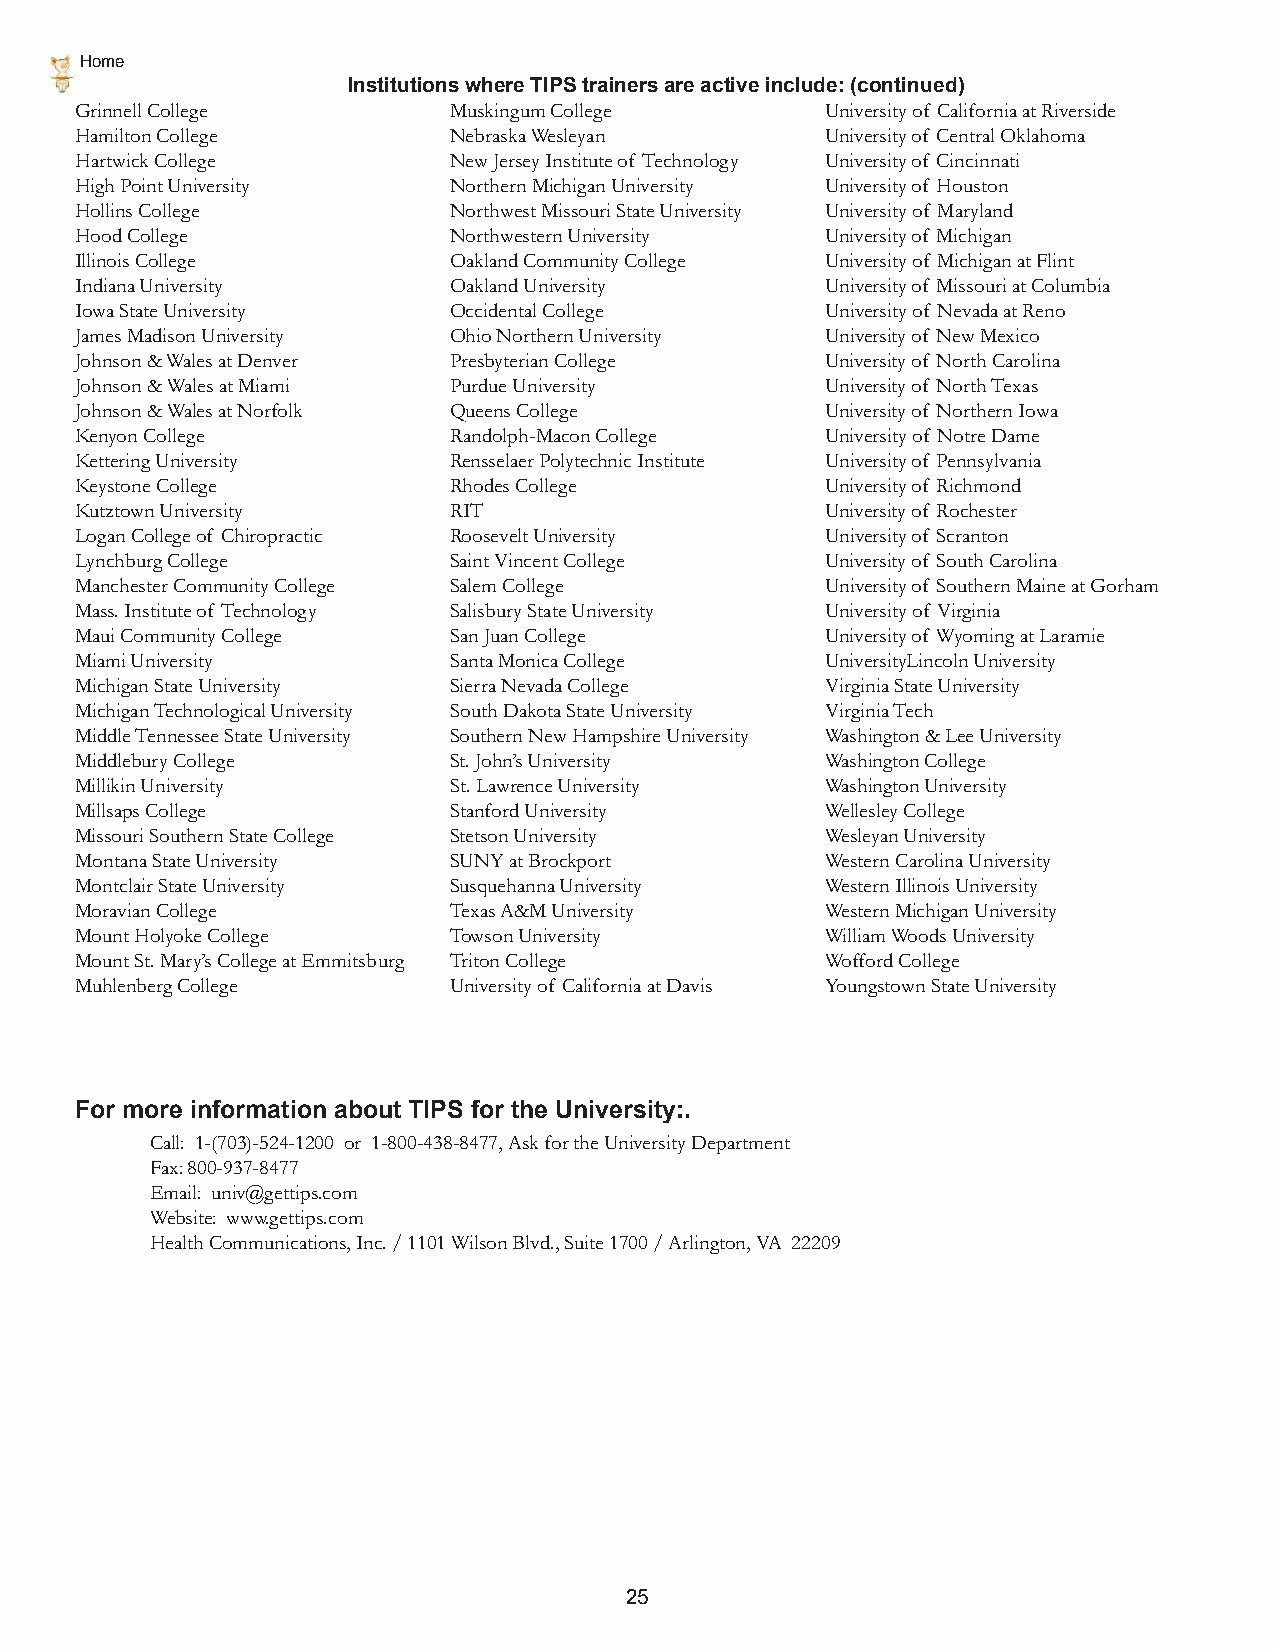
Home
 Institutions where TIPS trainers are active include: (continued)
 Grinnell College         Muskingum College        University of California at Riverside
 Hamilton College         Nebraska Wesleyan        University of Central Oklahoma
 Hartwick College         New Jersey Institute of Technology University of Cincinnati
 High Point University    Northern Michigan University University of Houston
 Hollins College          Northwest Missouri State University University of Maryland
 Hood College             Northwestern University  University of Michigan
 Illinois College         Oakland Community College University of Michigan at Flint
 Indiana University       Oakland University       University of Missouri at Columbia
 Iowa State University    Occidental College       University of Nevada at Reno
 James Madison University Ohio Northern University University of New Mexico
 Johnson & Wales at Denver Presbyterian College    University of North Carolina
 Johnson & Wales at Miami Purdue University        University of North Texas
 Johnson & Wales at Norfolk Queens College         University of Northern Iowa
 Kenyon College           Randolph-Macon College   University of Notre Dame
 Kettering University     Rensselaer Polytechnic Institute University of Pennsylvania
 Keystone College         Rhodes College           University of Richmond
 Kutztown University      RIT                      University of Rochester
 Logan College of Chiropractic Roosevelt University University of Scranton
 Lynchburg College        Saint Vincent College    University of South Carolina
 Manchester Community College Salem College        University of Southern Maine at Gorham
 Mass. Institute of Technology Salisbury State University University of Virginia
 Maui Community College   San Juan College         University of Wyoming at Laramie
 Miami University         Santa Monica College     UniversityLincoln University
 Michigan State University Sierra Nevada College   Virginia State University
 Michigan Technological University South Dakota State University Virginia Tech
 Middle Tennessee State University Southern New Hampshire University Washington & Lee University
 Middlebury College       St. John’s University    Washington College
 Millikin University      St. Lawrence University  Washington University
 Millsaps College         Stanford University      Wellesley College
 Missouri Southern State College Stetson University Wesleyan University
 Montana State University SUNY at Brockport        Western Carolina University
 Montclair State University Susquehanna University Western Illinois University
 Moravian College         Texas A&M University     Western Michigan University
 Mount Holyoke College    Towson University        William Woods University
 Mount St. Mary’s College at Emmitsburg Triton College Wofford College
 Muhlenberg College       University of California at Davis Youngstown State University
 For more information about TIPS for the University:.
 Call: 1-(703)-524-1200 or 1-800-438-8477, Ask for the University Department
 Fax: 800-937-8477
 Email: univ@gettips.com
 Website: www.gettips.com
 Health Communications, Inc. / 1101 Wilson Blvd., Suite 1700 / Arlington, VA 22209
 25